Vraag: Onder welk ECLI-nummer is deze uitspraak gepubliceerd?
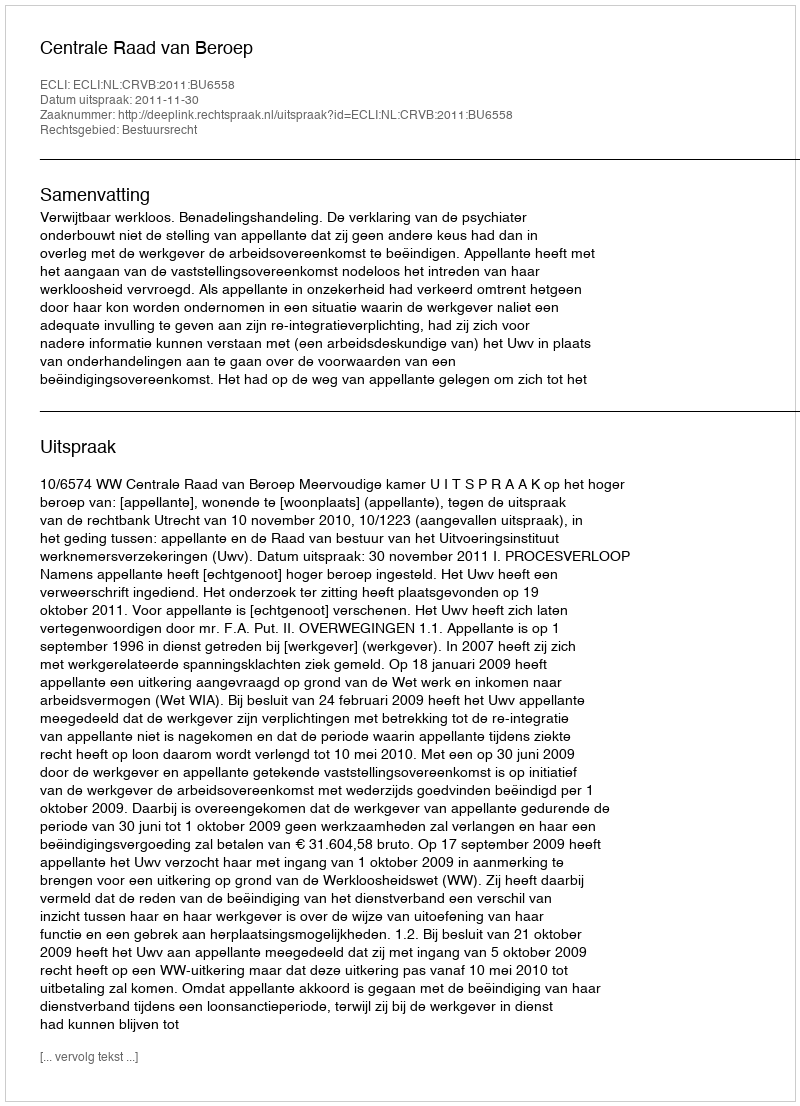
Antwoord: ECLI:NL:CRVB:2011:BU6558